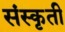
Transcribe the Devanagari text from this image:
संस्कृती